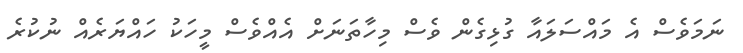
ނަމަވެސް އެ މައްސަލައާ ގުޅިގެން ވެސް މިހާތަނަށް އެއްވެސް މީހަކު ހައްޔަރެއް ނުކުރެ